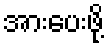
အားပေးဖို့